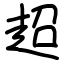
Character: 超